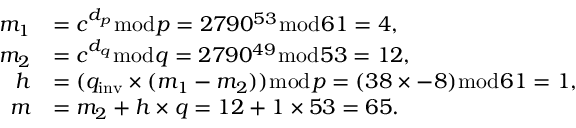
{ \begin{array} { r l } { m _ { 1 } } & { = c ^ { d _ { p } } { \bmod { p } } = 2 7 9 0 ^ { 5 3 } { \bmod { 6 } } 1 = 4 , } \\ { m _ { 2 } } & { = c ^ { d _ { q } } { \bmod { q } } = 2 7 9 0 ^ { 4 9 } { \bmod { 5 } } 3 = 1 2 , } \\ { h } & { = ( q _ { \mathrm { i n v } } \times ( m _ { 1 } - m _ { 2 } ) ) { \bmod { p } } = ( 3 8 \times - 8 ) { \bmod { 6 } } 1 = 1 , } \\ { m } & { = m _ { 2 } + h \times q = 1 2 + 1 \times 5 3 = 6 5 . } \end{array} }